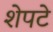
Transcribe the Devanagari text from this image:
शेपटे